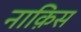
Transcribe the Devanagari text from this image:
नाक़िस